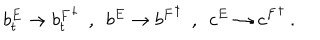
b _ { t } ^ { E } \rightarrow { b _ { t } ^ { F } } ^ { \dagger } \ \ , \ \ b ^ { E } \rightarrow { b ^ { F } } ^ { \dagger } \ \ , \ \ c ^ { E } \rightarrow { c ^ { F } } ^ { \dagger } \ .